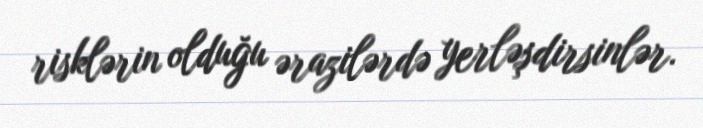
risklərin olduğu ərazilərdə yerləşdirsinlər.